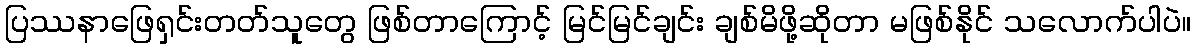
ပြဿနာဖြေရှင်းတတ်သူတွေ ဖြစ်တာကြောင့် မြင်မြင်ချင်း ချစ်မိဖို့ဆိုတာ မဖြစ်နိုင် သလောက်ပါပဲ။